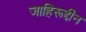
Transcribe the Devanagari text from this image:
जाहिरूद्दीन